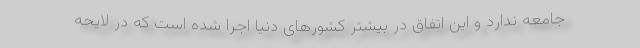
جامعه ندارد و این اتفاق در بیشتر کشورهای دنیا اجرا شده است که در لایحه